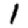
Digit: 1